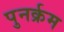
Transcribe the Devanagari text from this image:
पुनर्क्रम